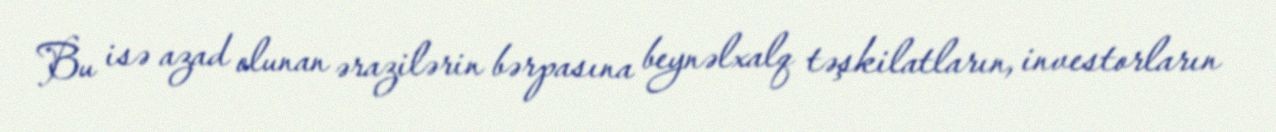
Bu isə azad olunan ərazilərin bərpasına beynəlxalq təşkilatların, investorların